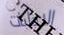
الاجابات